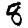
Digit: 8